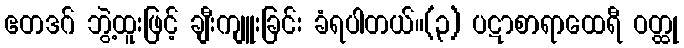
ဧတဒဂ် ဘွဲ့ထူးဖြင့် ချီးကျူးခြင်း ခံရပါတယ်။(၃) ပဋာစာရာထေရီ ဝတ္ထု